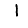
Digit: 1